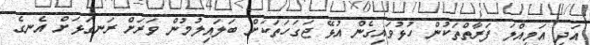
އަދި އަމިއްލަ ފަރާތްތަކުން ހުޅުވައިގެން އުޅޭ ޖަގަހަތަކަށް ބަލައިލުމުން ވަރަށް ރަނގަޅަށް އެނގެ